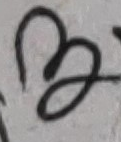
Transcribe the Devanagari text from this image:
ह